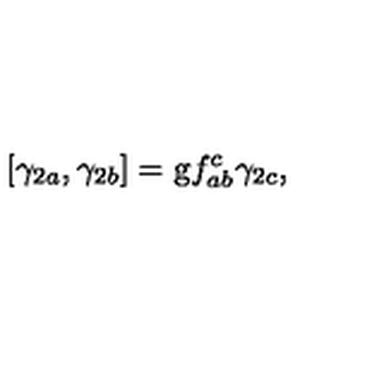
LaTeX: \left[ \gamma _ { 2 a } , \gamma _ { 2 b } \right] = \mathrm { g } f _ { a b } ^ { c } \gamma _ { 2 c } ,